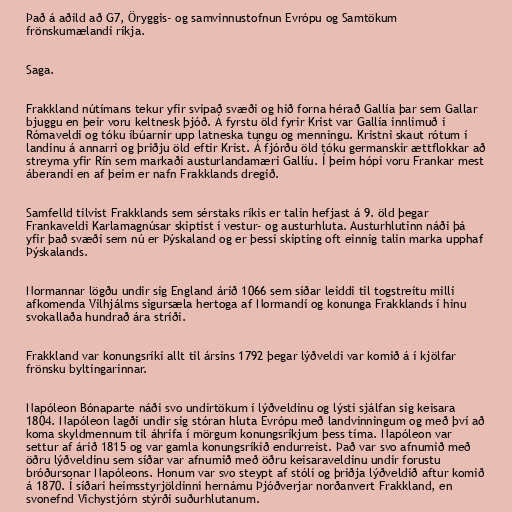
Það á aðild að G7, Öryggis- og samvinnustofnun Evrópu og Samtökum
frönskumælandi ríkja.

Saga.

Frakkland nútímans tekur yfir svipað svæði og hið forna hérað Gallía þar sem Gallar
bjuggu en þeir voru keltnesk þjóð. Á fyrstu öld fyrir Krist var Gallía innlimuð í
Rómaveldi og tóku íbúarnir upp latneska tungu og menningu. Kristni skaut rótum í
landinu á annarri og þriðju öld eftir Krist. Á fjórðu öld tóku germanskir ættflokkar að
streyma yfir Rín sem markaði austurlandamæri Gallíu. Í þeim hópi voru Frankar mest
áberandi en af þeim er nafn Frakklands dregið.

Samfelld tilvist Frakklands sem sérstaks ríkis er talin hefjast á 9. öld þegar
Frankaveldi Karlamagnúsar skiptist í vestur- og austurhluta. Austurhlutinn náði þá
yfir það svæði sem nú er Þýskaland og er þessi skipting oft einnig talin marka upphaf
Þýskalands.

Normannar lögðu undir sig England árið 1066 sem síðar leiddi til togstreitu milli
afkomenda Vilhjálms sigursæla hertoga af Normandí og konunga Frakklands í hinu
svokallaða hundrað ára stríði.

Frakkland var konungsríki allt til ársins 1792 þegar lýðveldi var komið á í kjölfar
frönsku byltingarinnar.

Napóleon Bónaparte náði svo undirtökum í lýðveldinu og lýsti sjálfan sig keisara
1804. Napóleon lagði undir sig stóran hluta Evrópu með landvinningum og með því að
koma skyldmennum til áhrifa í mörgum konungsríkjum þess tíma. Napóleon var
settur af árið 1815 og var gamla konungsríkið endurreist. Það var svo afnumið með
öðru lýðveldinu sem síðar var afnumið með öðru keisaraveldinu undir forustu
bróðursonar Napóleons. Honum var svo steypt af stóli og þriðja lýðveldið aftur komið
á 1870. Í síðari heimsstyrjöldinni hernámu Þjóðverjar norðanvert Frakkland, en
svonefnd Vichystjórn stýrði suðurhlutanum.